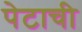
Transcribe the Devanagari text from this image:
पेटाची